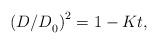
LaTeX: \begin{align*}{\left( {{{{D \mathord{\left/{\vphantom {D D}} \right.\kern-\nulldelimiterspace} D}}_0}} \right)^2} = 1 - Kt,\end{align*}